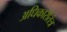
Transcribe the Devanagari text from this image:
अधिकारीतंत्र